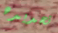
تحديده